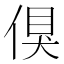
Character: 𠋬